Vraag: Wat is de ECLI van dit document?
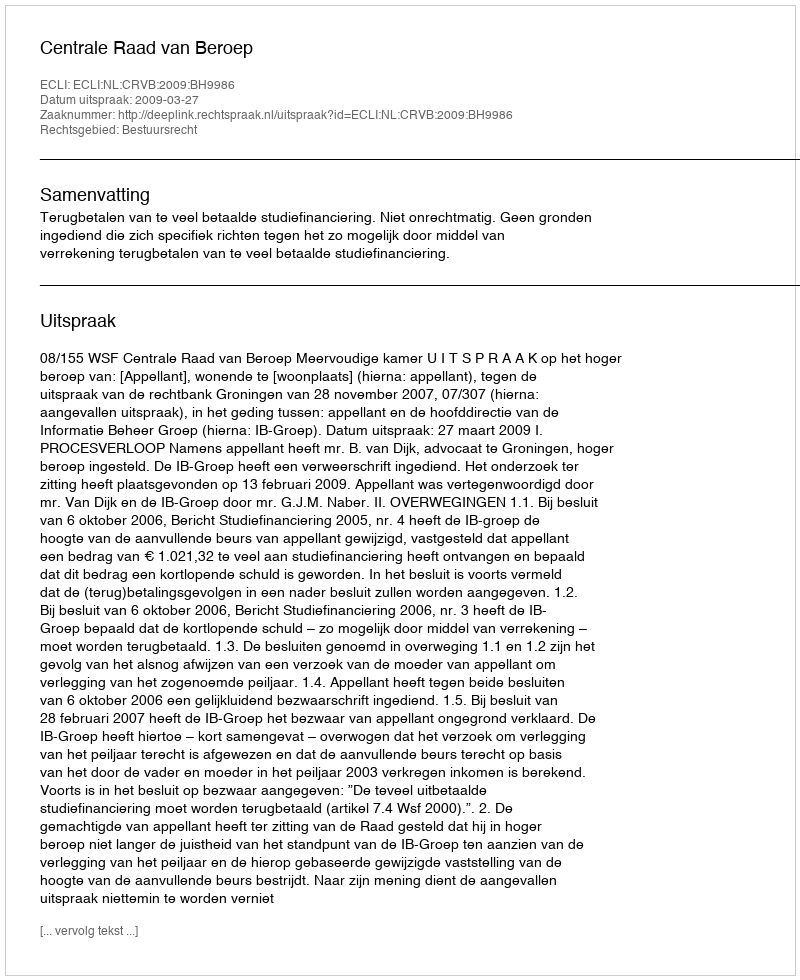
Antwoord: ECLI:NL:CRVB:2009:BH9986